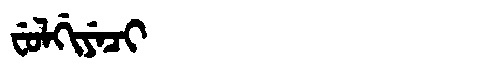
Manchu: ᠸᡠᠯᡤᡳᠶᡝᠴᡳ
Romanization: FULGIYECI